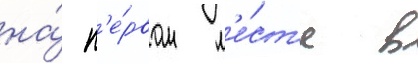
на́ п'е́рвом м'е́ст'е в